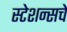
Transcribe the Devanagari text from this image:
स्टेशन्सचे